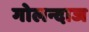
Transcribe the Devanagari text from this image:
गोलन्दाज